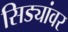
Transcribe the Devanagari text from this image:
सिड्यांवर